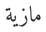
مازية